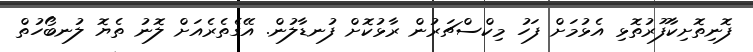
ފޮނިތޮށިކާފޫރުތޮޅި އެޅުމަށް ފަހު މިކްސްޗަރުން ރާޅުކޮށް ފުނޑާލުން. އޭގެތެރެއަށް ލޮނު ތެޔޮ ލުނބޯހުތް